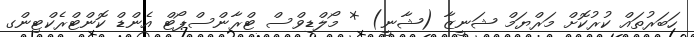
ހަބަރުތައް ކުރުކޮށް މަރްޔަމް ޝަނީޒާ (ޝާނީ) * މޯލްޑިވްސް ޓްރާންސްޕޯޓް އެންޑް ކޮންޓްރެކްޓިންގ